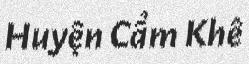
Huyện Cẩm Khê